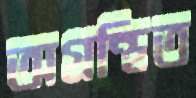
অগ্রন্থিত